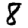
Digit: 8